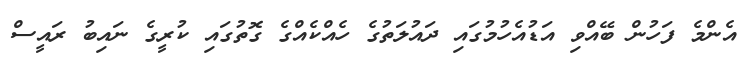
އެންމެ ފަހުން ބޭއްވި އަޑުއެހުމުގައި ދައުލަތުގެ ހެއްކެއްގެ ގޮތުގައި ކުރީގެ ނައިބު ރައީސް